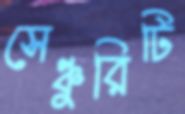
সেঞ্চুরিটি